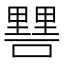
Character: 𨤷